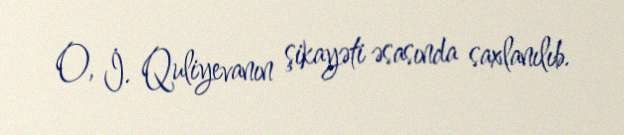
O, İ. Quliyevanın şikayəti əsasında saxlanılıb.